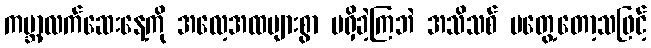
ကမ္ဘာ့လက်ဆေးနေ့ကို အလေ့အထများစွာ မရှိခဲ့ကြဘဲ အသိသစ် မတွေ့တော့သဖြင့်